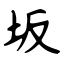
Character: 坂